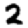
Digit: 2